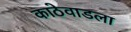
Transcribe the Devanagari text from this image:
काठेवाडला